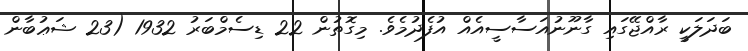
ބަދަލަކީ ރާއްޖޭގައި ގާނޫނުއަސާސީއެއް އުފެދުމެވެ. މިގޮތުން 22 ޑިސެމްބަރު 1932 (23 ޝަޢުބާން